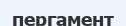
пергамент